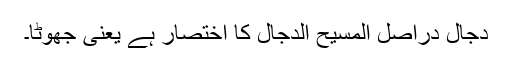
دجال دراصل المسیح الدجال کا اختصار ہے یعنی جھوٹا۔